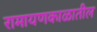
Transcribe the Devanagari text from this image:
रामायणकाळातील